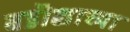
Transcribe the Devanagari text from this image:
बडॊद्याच्या